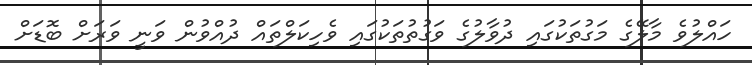
ހައްލުވެ މާލޭގެ މަގުތަކުގައި ދުވާލުގެ ވަގުތުތަކުގައި ވެހިކަލްތައް ދުއްވުން ވަނީ ވަރަށް ބޮޑަށް